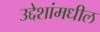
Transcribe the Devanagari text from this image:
उद्देशांमधील